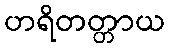
ဟရိတတ္တာယ